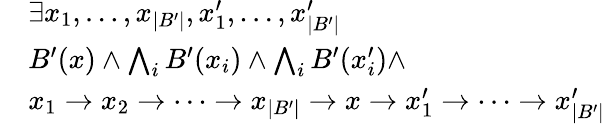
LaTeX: \begin{array}{rl}&{\exists x_{1},\dotsc,x_{|B^{\prime}|},x_{1}^{\prime},\dotsc,x_{|B^{\prime}|}^{\prime}}\\ &{B^{\prime}(x)\wedge\bigwedge_{i}B^{\prime}(x_{i})\wedge\bigwedge_{i}B^{\prime}(x_{i}^{\prime})\wedge}\\ &{x_{1}\rightarrow x_{2}\rightarrow\dotsb\rightarrow x_{|B^{\prime}|}\rightarrow x\rightarrow x_{1}^{\prime}\rightarrow\dotsb\rightarrow x_{|B^{\prime}|}^{\prime}}\end{array}